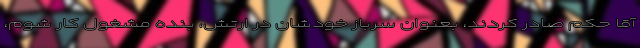
آقا حکم صادر کردند، بعنوان سرباز خودشان در ارتش، بنده مشغول کار شوم،